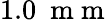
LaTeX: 1.0~\mathrm{~m~m~}